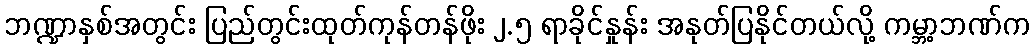
ဘဏ္ဍာနှစ်အတွင်း ပြည်တွင်းထုတ်ကုန်တန်ဖိုး ၂.၅ ရာခိုင်နှုန်း အနုတ်ပြနိုင်တယ်လို့ ကမ္ဘာ့ဘဏ်က